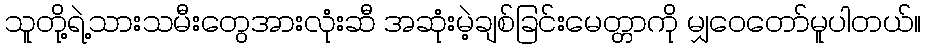
သူတို့ရဲ့သားသမီးတွေအားလုံးဆီ အဆုံးမဲ့ချစ်ခြင်းမေတ္တာကို မျှဝေတော်မူပါတယ်။